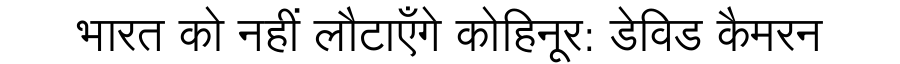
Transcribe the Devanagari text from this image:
भारत को नहीं लौटाएँगे कोहिनूर: डेविड कैमरन